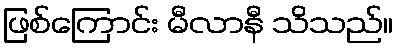
ဖြစ်ကြောင်း မီလာနီ သိသည်။